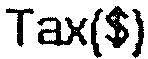
TAX($)